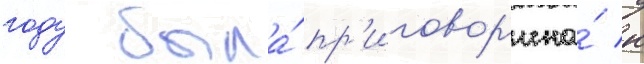
году была́ пр'иговор'ена́ к